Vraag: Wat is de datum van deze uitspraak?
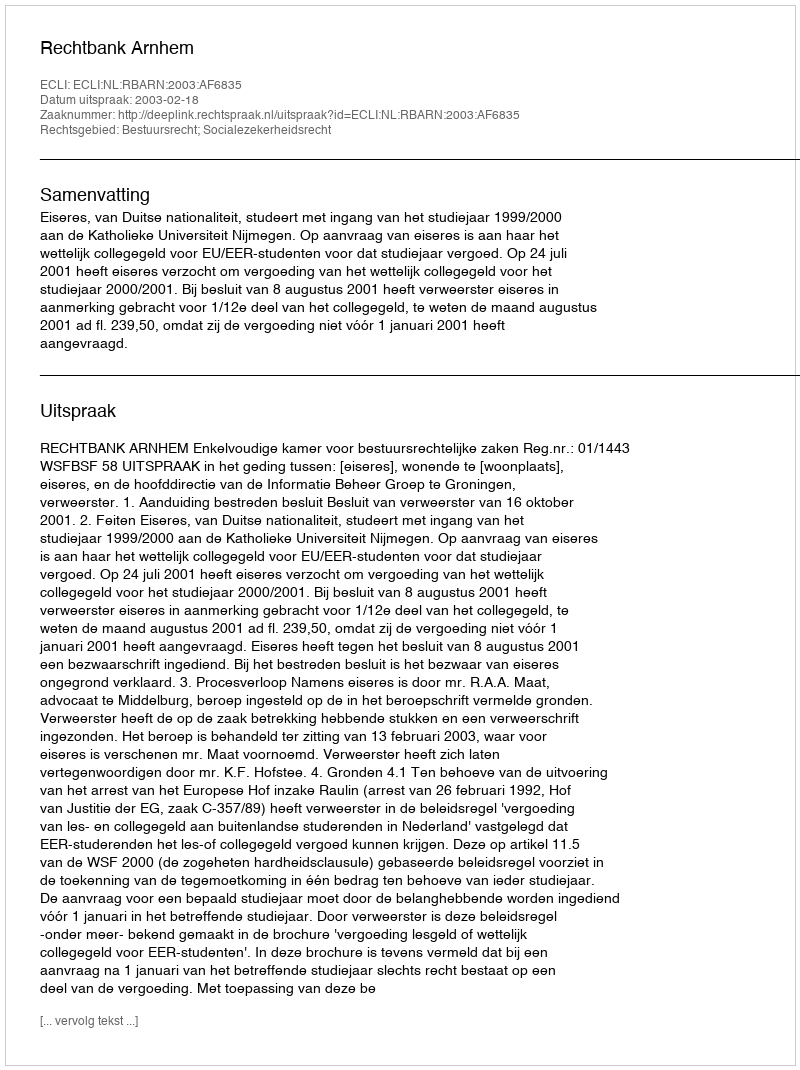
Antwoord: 2003-02-18